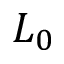
L _ { 0 }